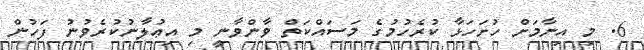
6. މި އިނާމަށް ހުށަހަޅާ ކުރެހުމުގެ މަސައްކަތް ވާންވާނީ މި އިޢުލާނުކުރެވުނު ފަހުން